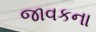
જાવકના